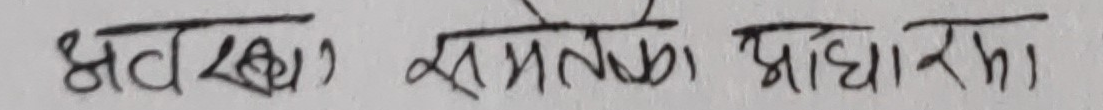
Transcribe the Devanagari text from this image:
भव २५) समतलका प्राधारमा